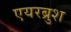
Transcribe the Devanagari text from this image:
एयरब्रुश